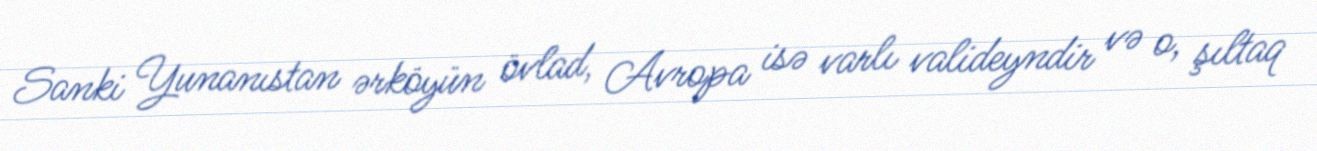
Sanki Yunanıstan ərköyün övlad, Avropa isə varlı valideyndir və o, şıltaq